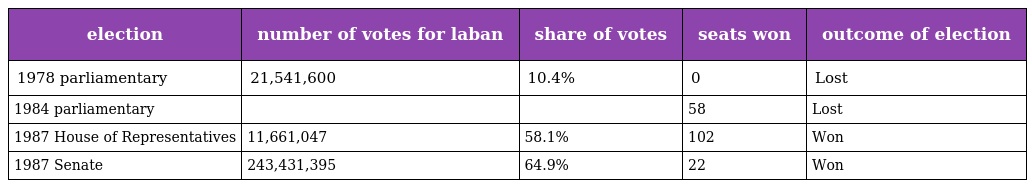
| election | number of votes for laban | share of votes | seats won | outcome of election |
 | --- | --- | --- | --- | --- |
 | 1978 parliamentary | 21,541,600 | 10.4% | 0 | Lost |
 | 1984 parliamentary |  |  | 58 | Lost |
 | 1987 House of Representatives | 11,661,047 | 58.1% | 102 | Won |
 | 1987 Senate | 243,431,395 | 64.9% | 22 | Won |